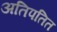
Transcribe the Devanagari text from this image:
अतिपतित